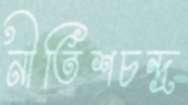
নীতিশচন্দ্র